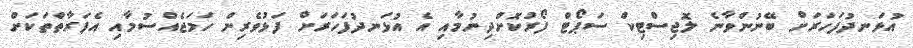
އުޅަނދުފަހަރަށް ބޭނުންވާނެ ލޮޖިސްޓިކް ސަޕޯޓް ފޯރުކޮށްދިނުމާއި އެ އުޅަނދުފަހަރަށް ފަޅުވެރިން ހަމަޖެއްސުމާއި އެފަރާތްތަކަށް